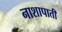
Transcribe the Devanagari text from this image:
नाशापाती